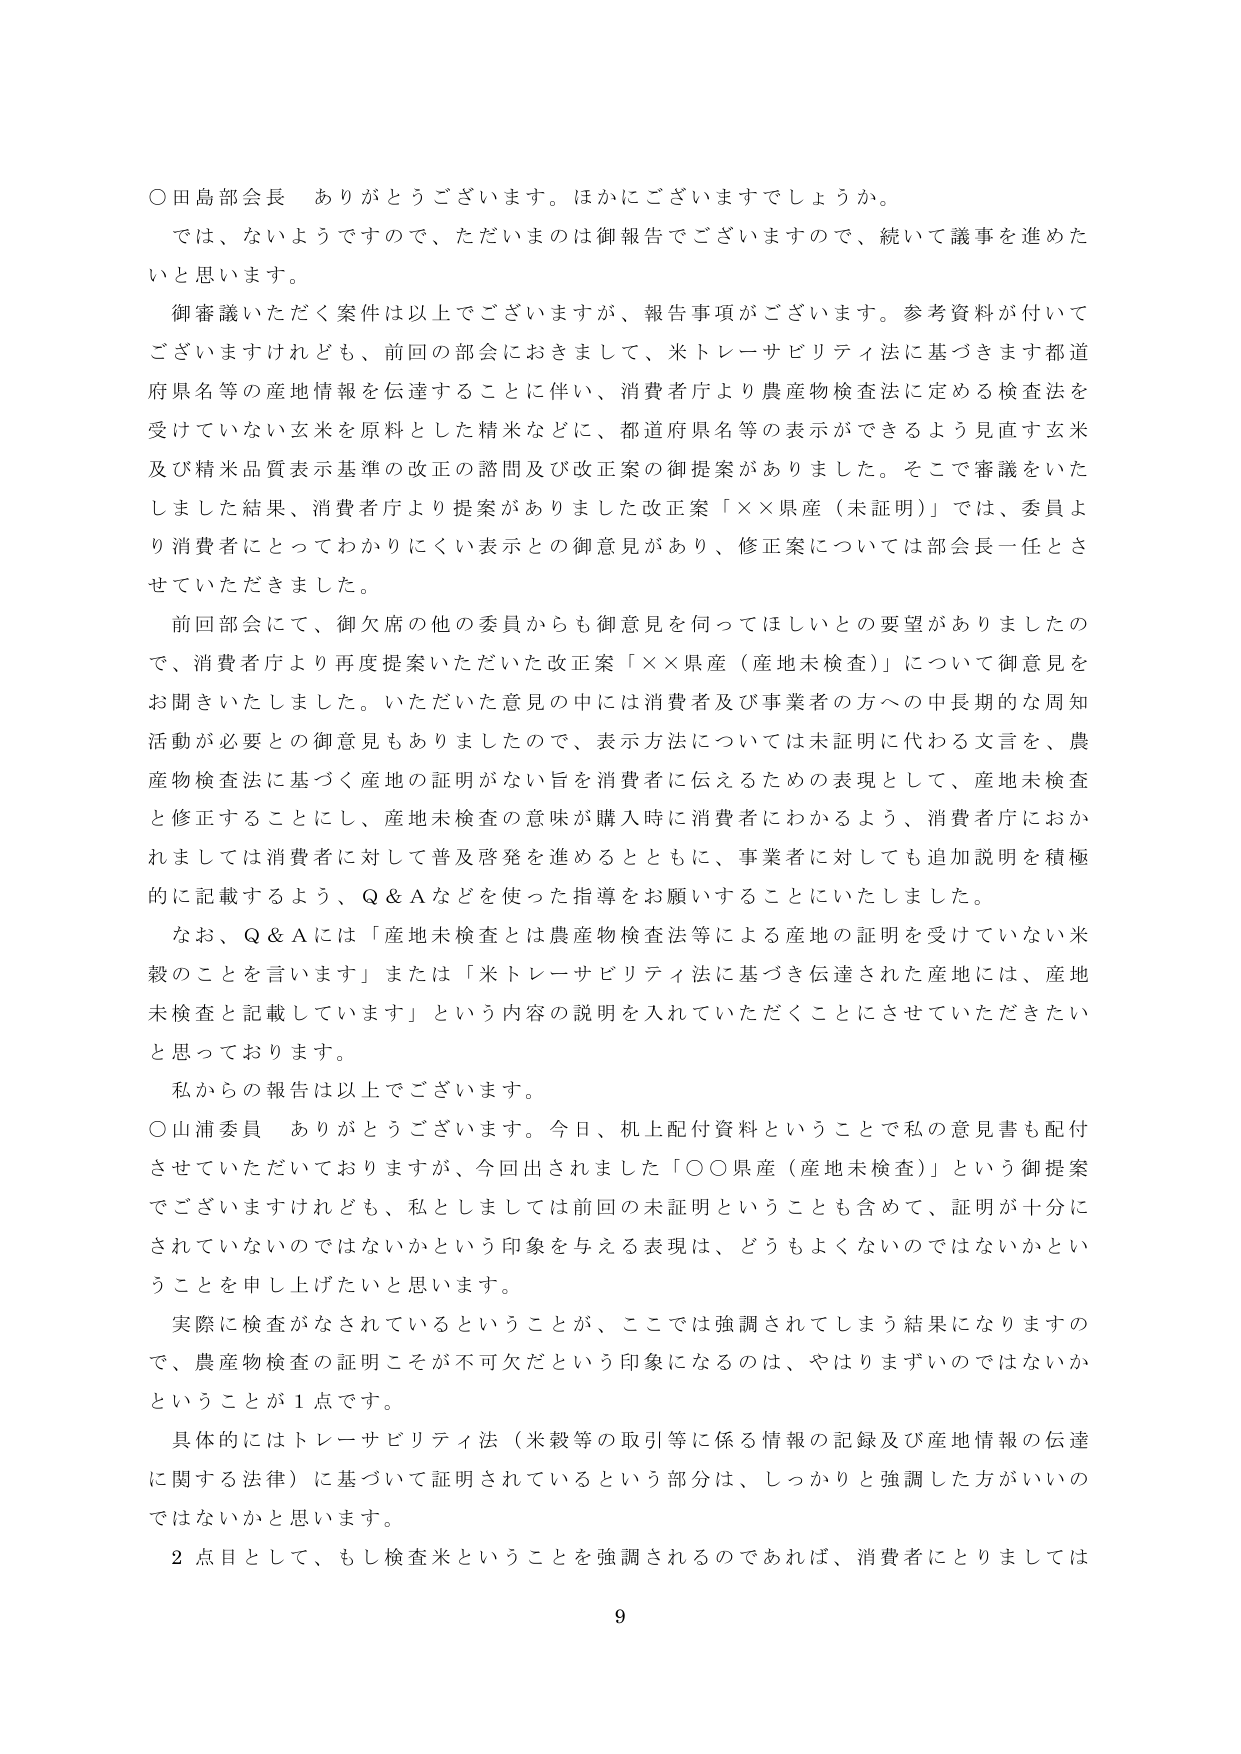
○田島部会長　ありがとうございます。ほかにございますでしょうか。

では、ないようですので、ただいまのは御報告でございますので、続いて議事を進めた
いと思います。

御審議いただく案件は以上でございますが、報告事項がございます。参考資料が付いて
ございますけれども、前回の部会におきまして、米トレーサビリティ法に基づきます都道
府県名等の産地情報を伝達することに伴い、消費者庁より農産物検査法に定める検査法を
受けていない玄米を原料とした精米などに、都道府県名等の表示ができるよう見直す玄米
及び精米品質表示基準の改正の諮問及び改正案の御提案がありました。そこで審議をいた
しました結果、消費者庁より提案がありました改正案「××県産（未証明）」では、委員よ
り消費者にとってわかりにくい表示との御意見があり、修正案については部会長一任とさ
せていただきました。

前回部会にて、御欠席の他の委員からも御意見を伺ってほしいとの要望がありましたの
で、消費者庁より再度提案いただいた改正案「××県産（産地未検査）」について御意見を
お聞かせいたしました。いただいた意見の中には消費者及び事業者の方への中長期的な周知
活動が必要との御意見もありましたので、表示方法については未証明に代わる文言を、農
産物検査法に基づく産地の証明がない旨を消費者に伝えるための表現として、産地未検査
と修正することにし、産地未検査の意味が購入時に消費者にわかるよう、消費者庁におか
れましては消費者に対して普及啓発を進めるとともに、事業者に対しても追加説明を積極
的に記載するよう、Q＆Aなどを使った指導をお願いすることにいたしました。

なお、Q＆Aには「産地未検査とは農産物検査法等による産地の証明を受けていない米
穀のことを言います」または「米トレーサビリティ法に基づき伝達された産地には、産地
未検査と記載しています」という内容の説明を入れていただくことにさせていただきたい
と思っております。

私からの報告は以上でございます。

○山浦委員　ありがとうございます。今日、机上配付資料ということで私の意見書も配付
させていただいておりますが、今回出されました「○○県産（産地未検査）」という御提案
でございますけれども、私としましては前回の未証明ということも含めて、証明が十分に
されていないのではないかなという印象を与える表現は、どうもよくないのではないかとい
うことを申し上げたいと思います。

実際に検査がなされているということが、ここでは強調されてしまう結果になりますの
で、農産物検査の証明こそが不可欠だという印象になるのは、やはりまずいのではないか
ということが１点です。

具体的にはトレーサビリティ法（米穀等の取引等に係る情報の記録及び産地情報の伝達
に関する法律）に基づいて証明されているという部分は、しっかりと強調した方がいいの
ではないかと思います。

２点目として、もし検査米ということを強調されるのであれば、消費者にとりましては

9